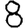
Digit: 8